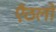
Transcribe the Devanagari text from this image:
एँठलों